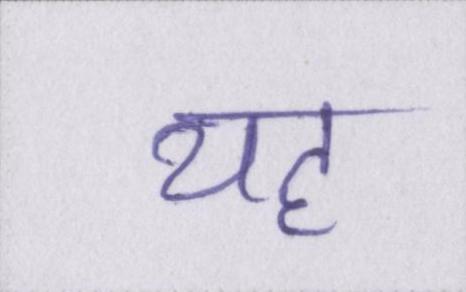
यह